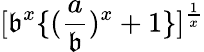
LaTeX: [\mathfrak{b}^{x}\{ (\frac{{a}}{{\mathfrak{b}}})^{x}+1\} ]^{\frac{{1}}{{x}}}